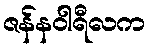
ဇန်နဝါရီလက